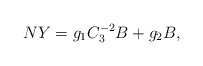
\begin{align*} NY = g_1 C_3^{-2} B + g_2 B,\end{align*}